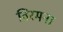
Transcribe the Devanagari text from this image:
विरमना